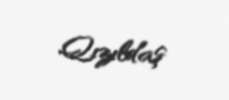
Qızıldaş